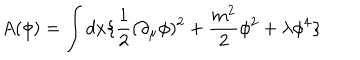
A ( \phi ) = \int d x \{ \frac { 1 } { 2 } ( \partial _ { \mu } \phi ) ^ { 2 } + \frac { m ^ { 2 } } { 2 } \phi ^ { 2 } + \lambda \phi ^ { 4 } \}